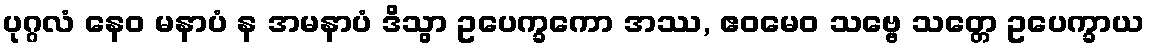
ပုဂ္ဂလံ နေဝ မနာပံ န အမနာပံ ဒိသွာ ဥပေက္ခကော အဿ, ဧဝမေဝ သဗ္ဗေ သတ္တေ ဥပေက္ခာယ